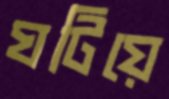
ঘটিয়ে